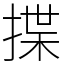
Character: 揲